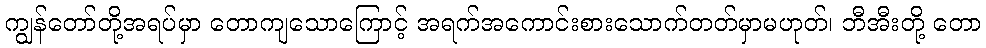
ကျွန်တော်တို့အရပ်မှာ တောကျသောကြောင့် အရက်အကောင်းစားသောက်တတ်မှာမဟုတ်၊ ဘီအီးတို့ တော